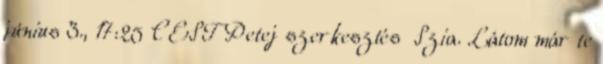
június 3., 17:25 CEST Petej szerkesztés Szia. Látom már te